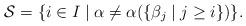
LaTeX: \begin{align*}\mathcal S=\{i\in I\mid \alpha\neq \alpha(\{\beta_j\mid j\geq i\})\}.\end{align*}